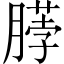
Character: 𫆲